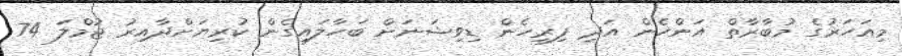
މިއަހަރުގެ މުބާރާތް އަންހެން އަދި ފިރިހެން ޑިވިޝަނަށް ބަހާލައިގެން ކުރިޔަށްދާއިރު ޖުމްލަ 74